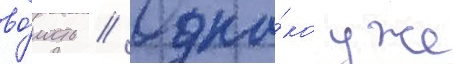
во́лость // Одна́ко уже